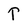
Character: T